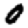
Digit: 0